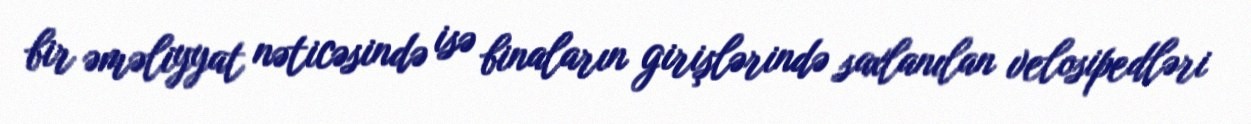
bir əməliyyat nəticəsində isə binaların girişlərində saxlanılan velosipedləri